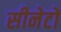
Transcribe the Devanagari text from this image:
सीनेटों